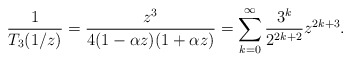
\begin{align*}\frac{1}{T_{3}(1/z)} = \frac{z^{3}}{4(1 - \alpha z)(1 + \alpha z)} = \sum_{k=0}^{\infty} \frac{3^{k}}{2^{2k+2}} z^{2k+3}.\end{align*}